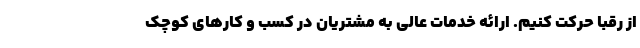
از رقبا حرکت کنیم. ارائه خدمات عالی به مشتریان در کسب و کار‌های کوچک